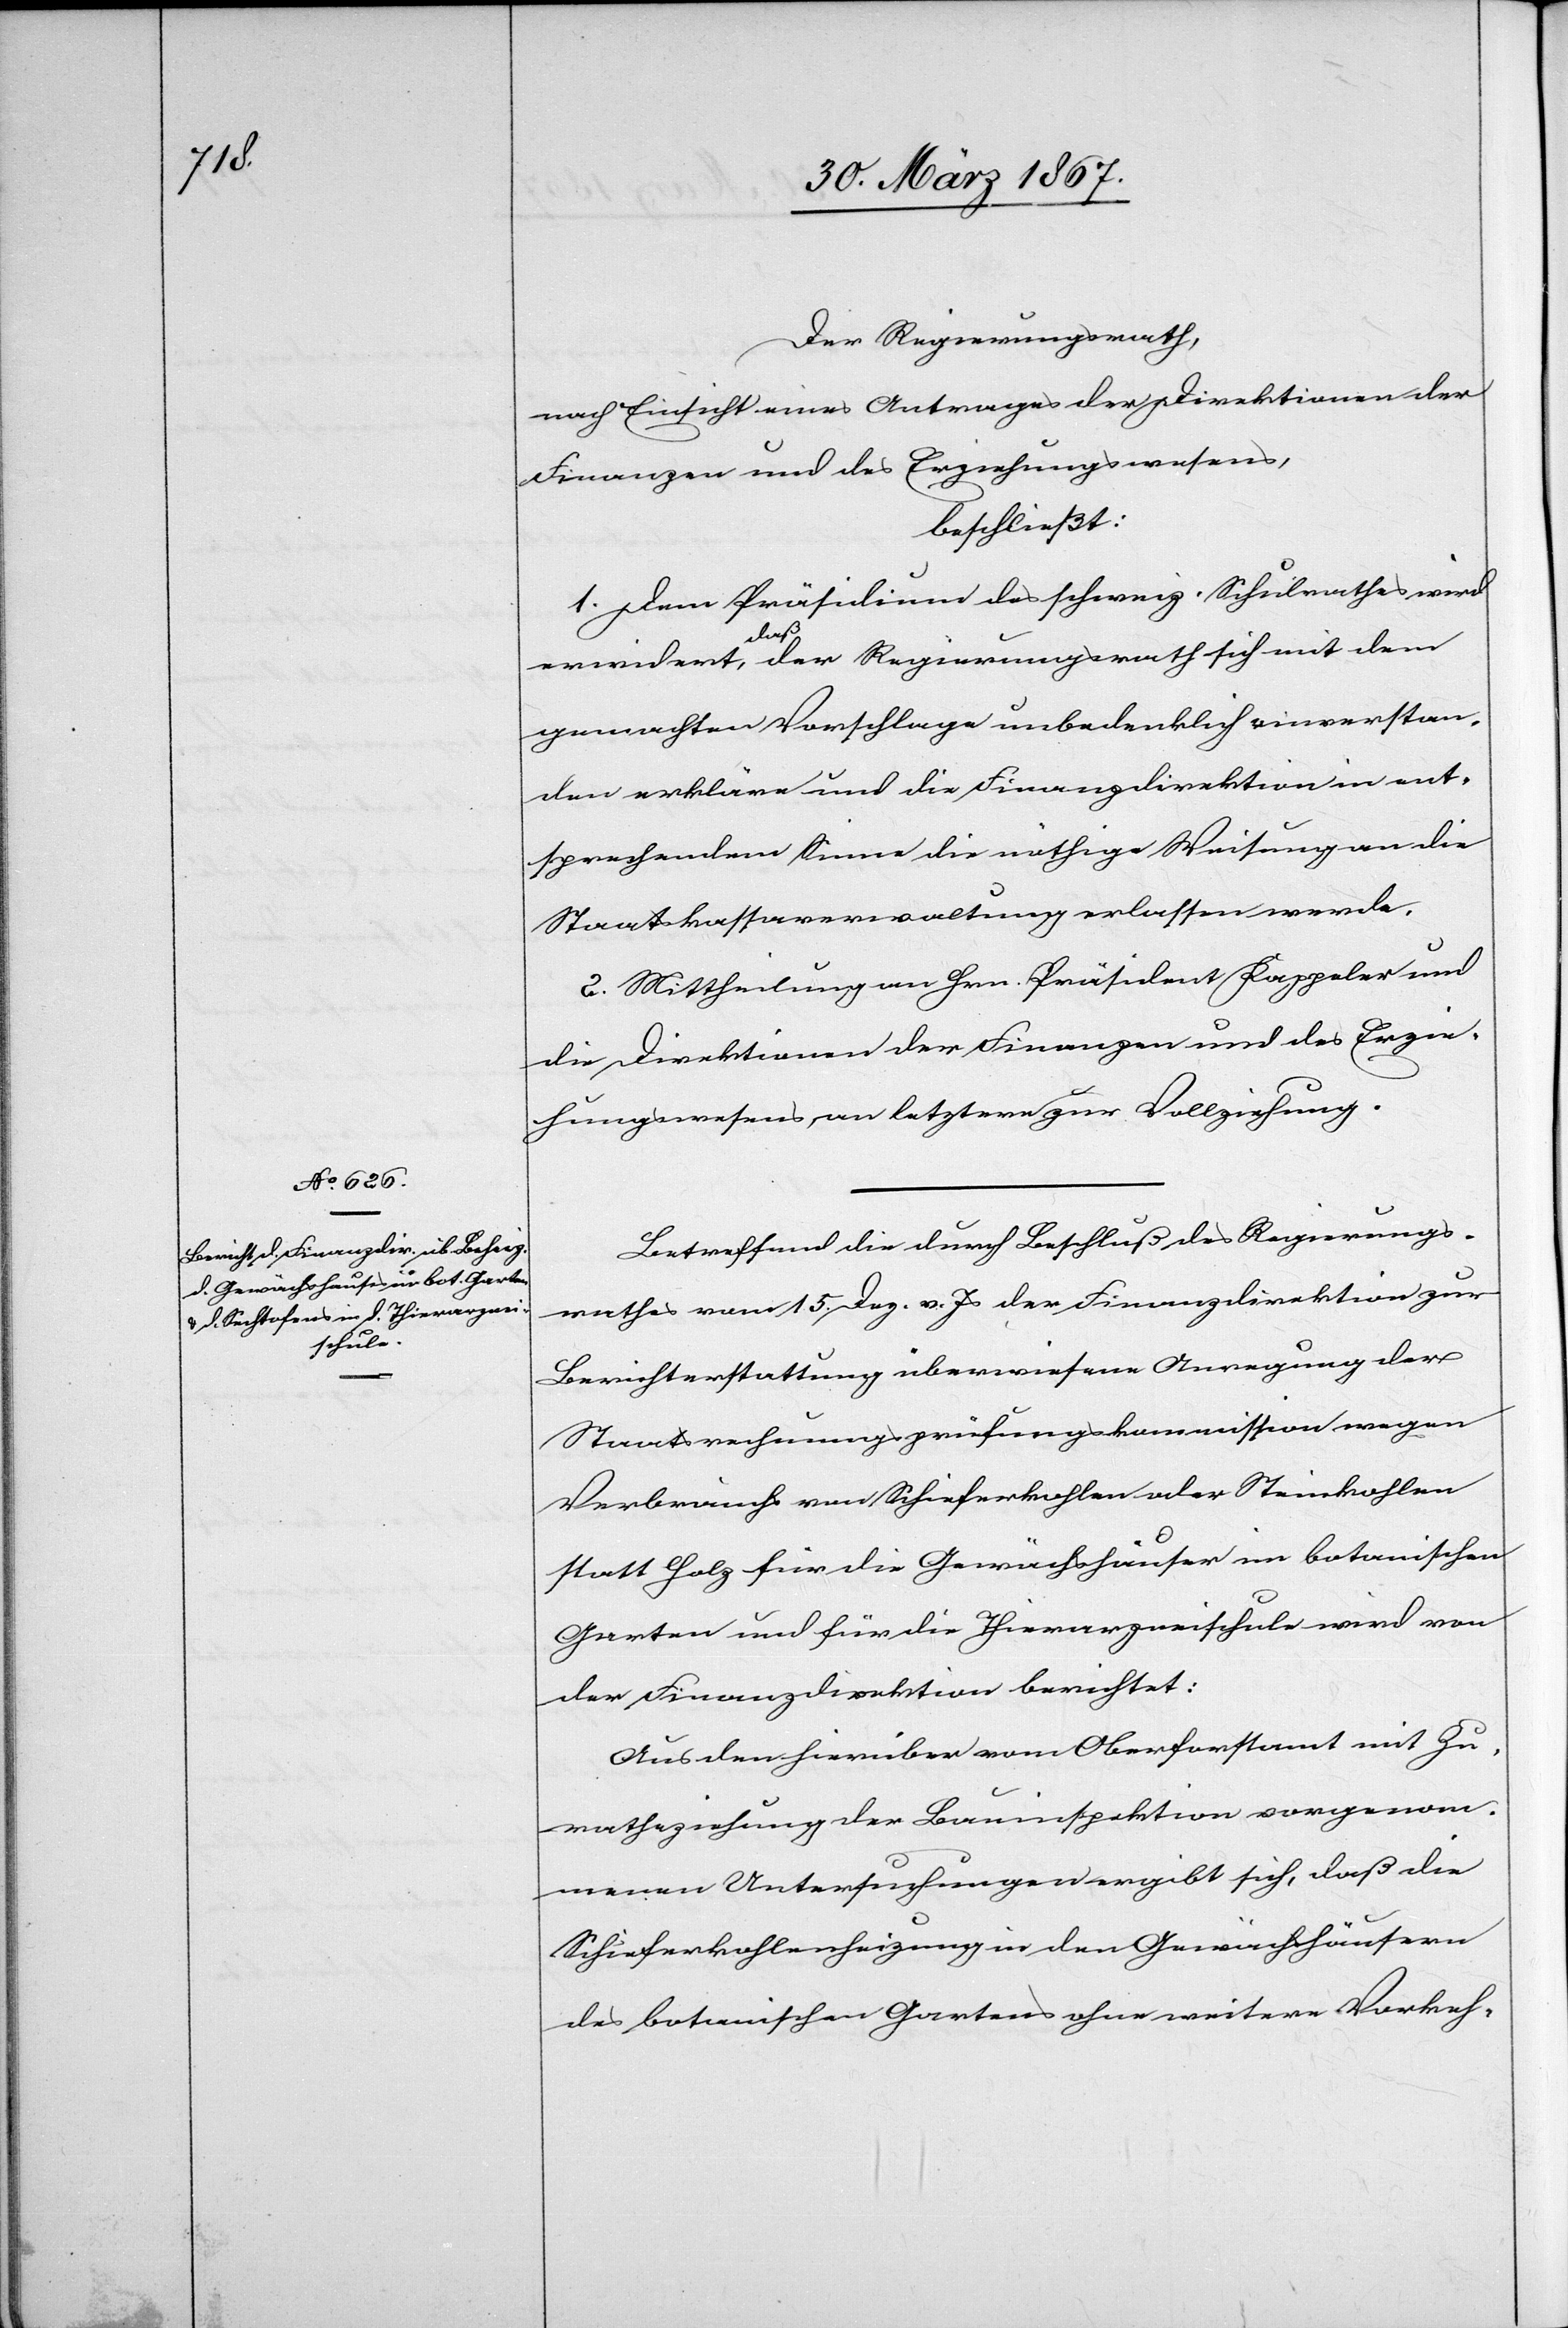
Der Regierungsrath,
nach Einsicht eines Antrages der Direktionen der
Finanzen und des Erziehungswesens,
beschließt:
1. Dem Präsidium des schweiz. Schulrathes wird
erwidert, daß der Regierungsrath sich mit dem
gemachten Vorschlage unbedenklich einverstan¬
den erkläre und die Finanzdirektion in ent¬
sprechendem Sinne die nöthige Weisung an die
Staatskassaverwaltung erlassen werde.
2. Mittheilung an Hrn. Präsiden Kappeler und
die Direktionen der Finanzen und des Erzie¬
hungswesens, an letztere zur Vollziehung.
Betreffend die durch Beschluß des Regierungs¬
rathes vom 15. Dez. v. Js der Finanzdirektion zur
Berichterstattung überwiesene Anregung der
Staatsrechnungsprüfungskommission wegen
Verbrauchs von Schieferkohlen oder Steinkohlen
statt Holz für die Gewächshäuser im botanischen
Garten und für die Thierarzneischule wird von
der Finanzdirektion berichtet:
Aus den hierüber vom Oberforstamt mit Zu¬
rathziehung der Bauinspektion vorgenom¬
menen Untersuchungen ergibt sich, daß die
Schieferkohlenheizung in den Gewächshäusern
des botanischen Gartens ohne weitere Vorkeh-